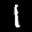
Label: 1